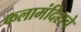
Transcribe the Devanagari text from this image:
कलामंदिराचे